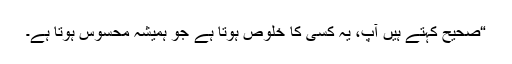
“صحیح کہتے ہیں آپ، یہ کسی کا خلوص ہوتا ہے جو ہمیشہ محسوس ہوتا ہے۔